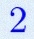
2